Vabadussoja_Ajaloo_Komitee, lk 74
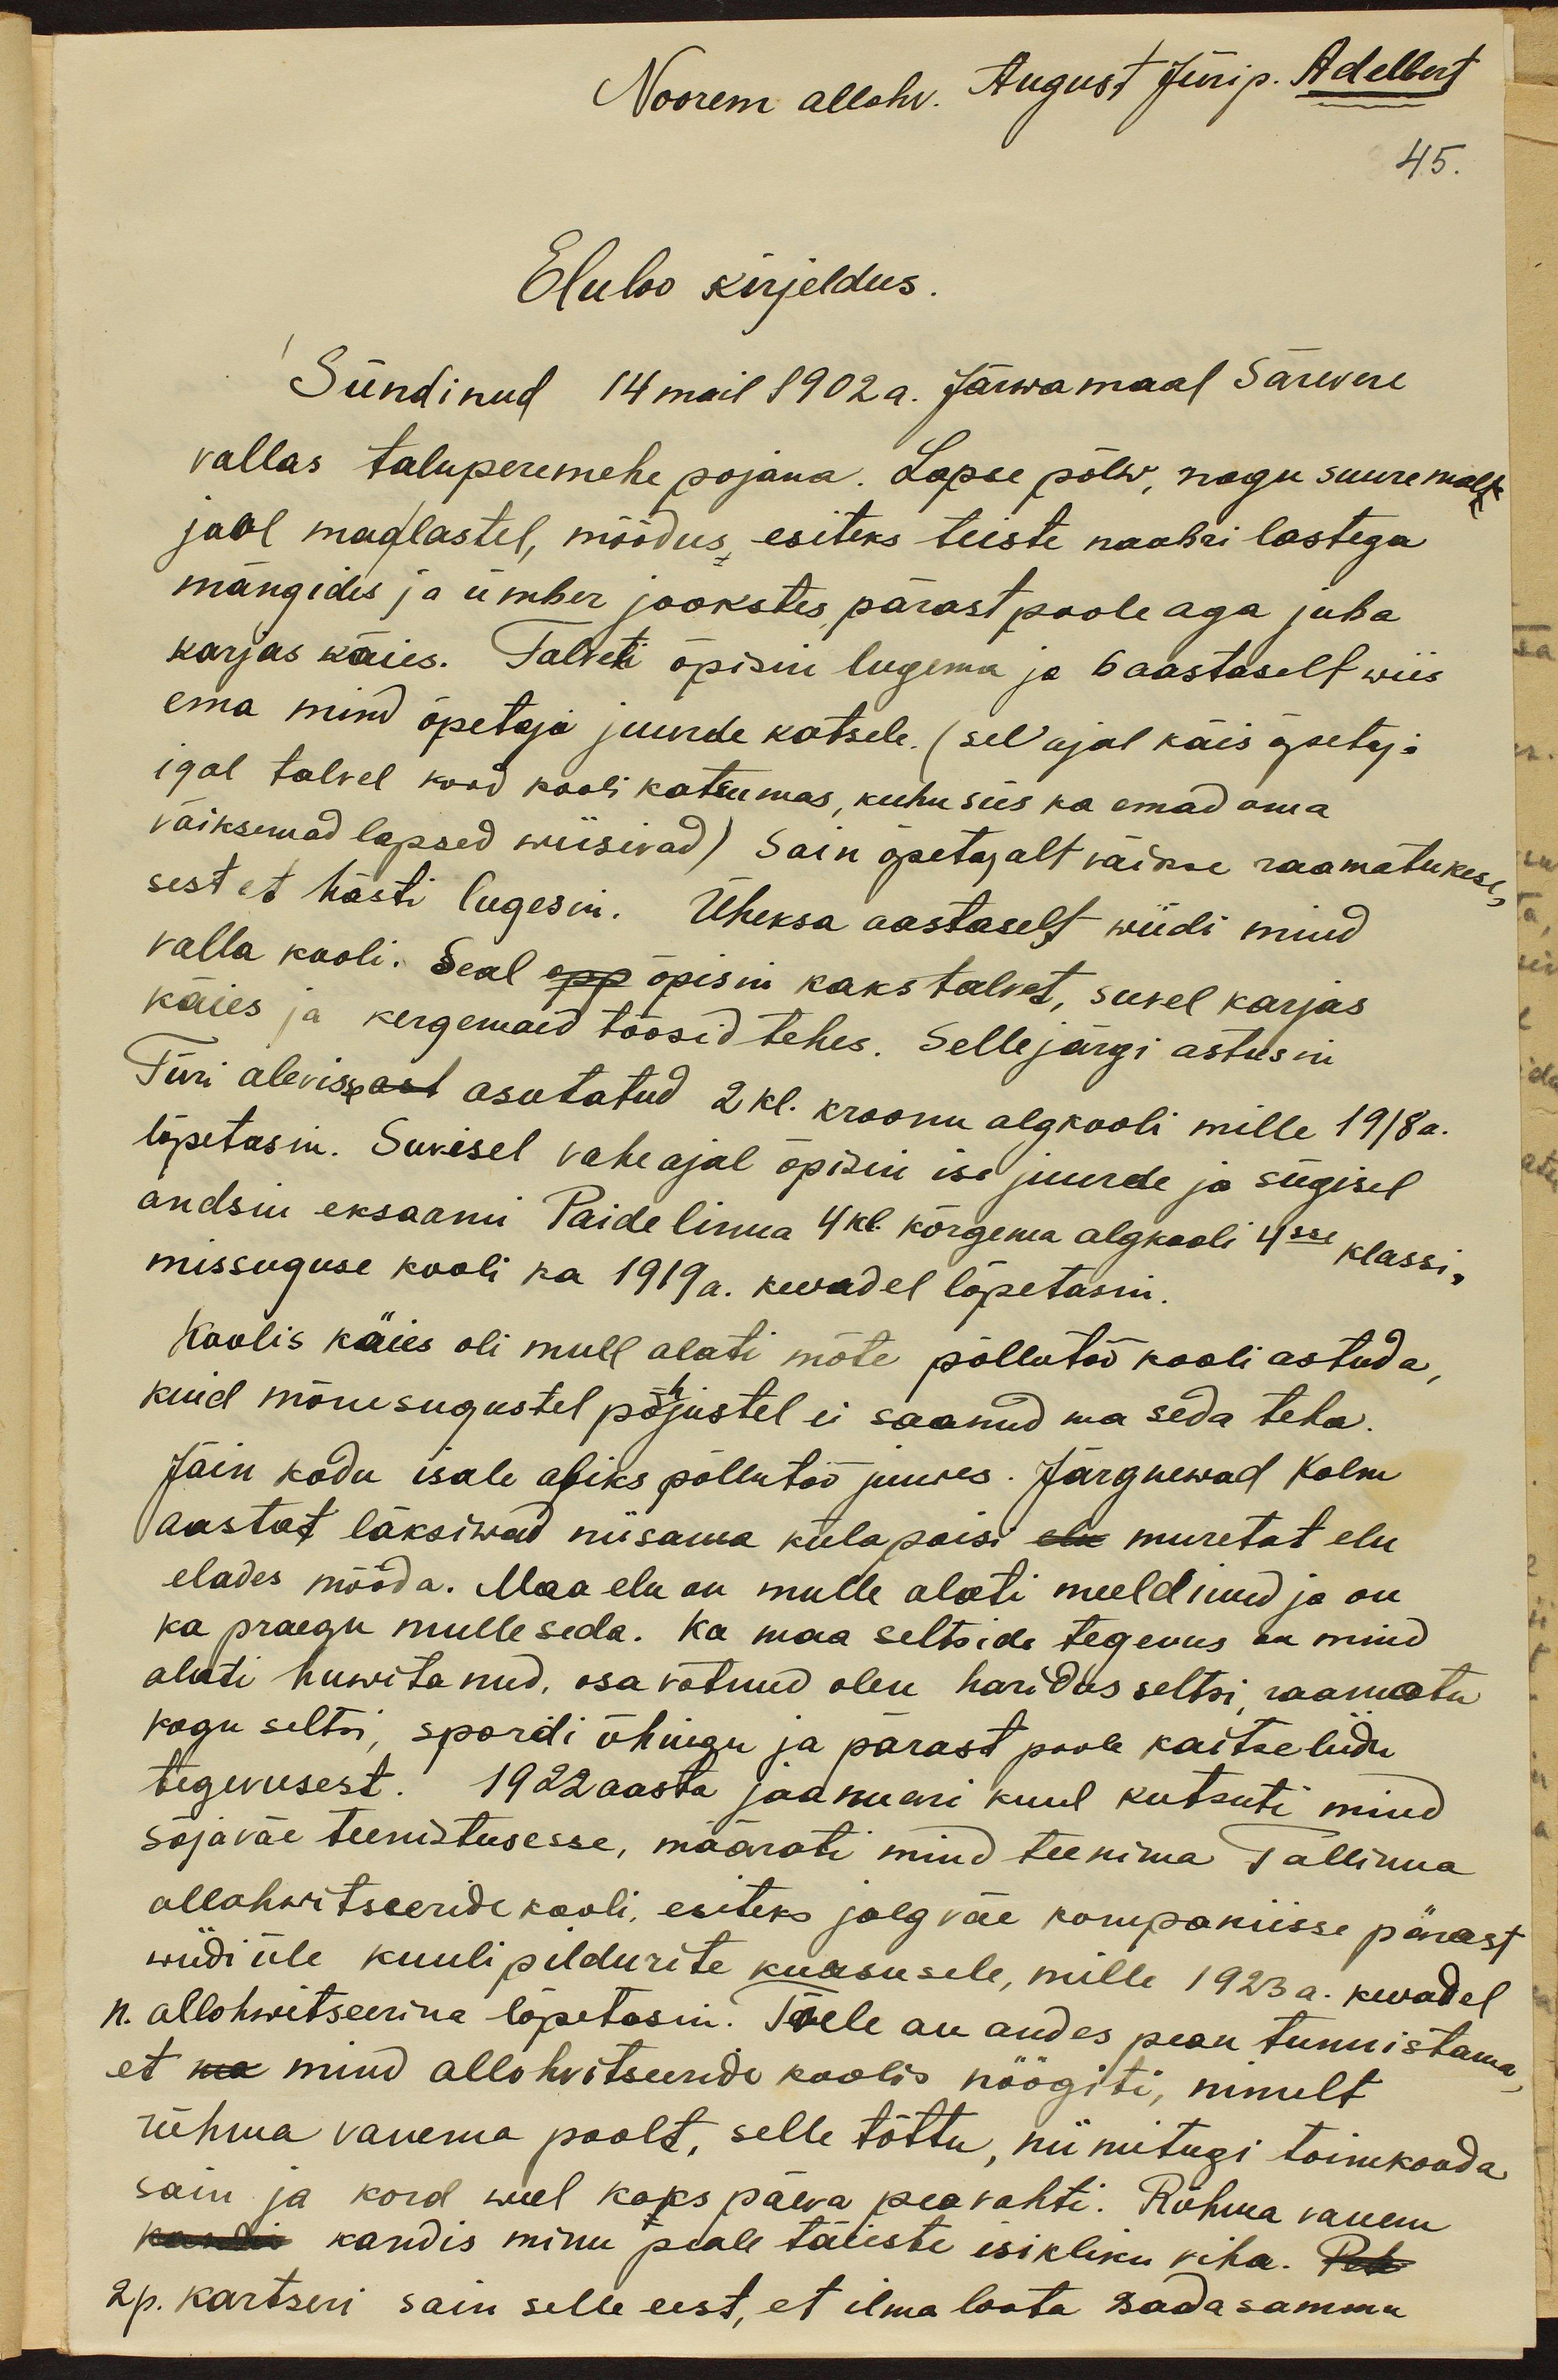
Noorem allohv. August Jüri p. Adelbert
Eluloo kirjeldus.
Sündinud 14 mail 1902 a. Järwamaal Särevere
vallas taluperemehe pojana. Lapsepõlw, nagu suuremalt
jaol maalastel, möödus esiteks teiste naabrilastega
mängides ja ümber jookstes pärast poole aga juba
karjas käies. Talveti õpisin lugema ja 6 aastaselt wiis
ema mind õpetaja juurde katsele. (sel ajal käis õpetaja
igal talvel kord kooli kutsumas, kuhu siis ka emad oma
väiksemad lapsed wiisivad) Sain õpetajalt väikse raamatukese,
sest et hästi lugesin. Üheksa aastaselt wiidi mind
valla kooli. Seal opp õpisin kaks talvet, suvel karjas
käies ja kergemaid töösid tehes. Sellejärgi astusin
Türi alevisse ast asutatud 2 kl. kroonu algkooli mille 1918a.
lõpetasin. Suvisel vaheajal õpisin ise juurde ja sügisel
andsin eksaami Paide linna 4 kl. kõrgema algkooli 4sse klassi,
missuguse kooli ka 1919a. kevadel lõpetasin.
Koolis käies oli mull alati mõte põllutöökooli astuda,
kuid mõnesugustel põhjustel ei saanud ma seda teha.
Jäin kodu isale abiks põllutöö juures. Järgnewad kolm
aastat läksiwad niisama külapoisi elu muretut elu
elades mööda. Maa elu on mulle alati meeldinud ja on
ka praegu mulle seda. Ka maa seltside tegevus on mind
alati huwitanud, osa võtnud olen haridus seltsi, raamatu
kogu seltsi, spordi ühingu ja pärast poole kaitseliidu
tegevusest. 1922 aasta jaanuari kuul kutsuti mind
sõjaväe teenistusesse, määrati mind teenima Tallinna
allohwitseeridekooli, esiteks jalgväe kompaniisse pärast
wiidi üle kuulipildurite kursusele, mille 1923 a. kevadel
n. allohvitserina lõpetasin. Tõele au andes pean tunnistama,
et ma mind allohvitseeridekoolis nöögiti, nimelt
rühma vanema poolt, selle tõttu, nii mitugi toimkonda
sain ja kord weel kaks päeva peavahti. Rühma vanem
kandis minu peale täiesti isikliku viha.
2 p. kartseri sain selle eest, et ilma loata sada sammu